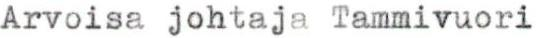
Arvoisa johtaja Tammivuori